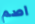
اصم